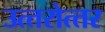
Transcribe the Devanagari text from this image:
उत्‍तरोत्‍तर